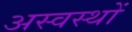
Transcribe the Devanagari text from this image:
अस्वस्थों